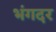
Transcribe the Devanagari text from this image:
भंगदर